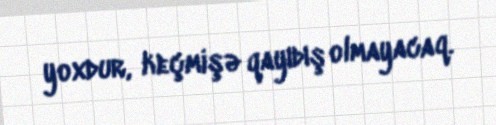
yoxdur, keçmişə qayıdış olmayacaq.